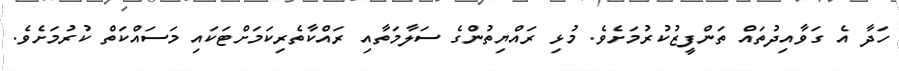
ހަދާ އެ ގަވާއިދުތައް ތަންފީޒުކުރުމަށެވެ. މުޅި ރައްޔިތުންގެ ސަލާމަތާއި ރައްކާތެރިކަމަށްޓަކައި މަސައްކަތް ކުރުމަށެވެ.